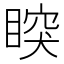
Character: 𥈳